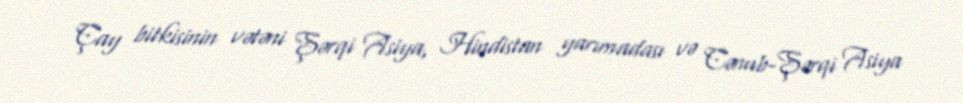
Çay bitkisinin vətəni Şərqi Asiya, Hindistan yarımadası və Cənub-Şərqi Asiya